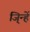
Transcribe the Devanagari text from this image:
जि्न्हें